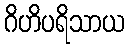
ဂိဟိပရိသာယ